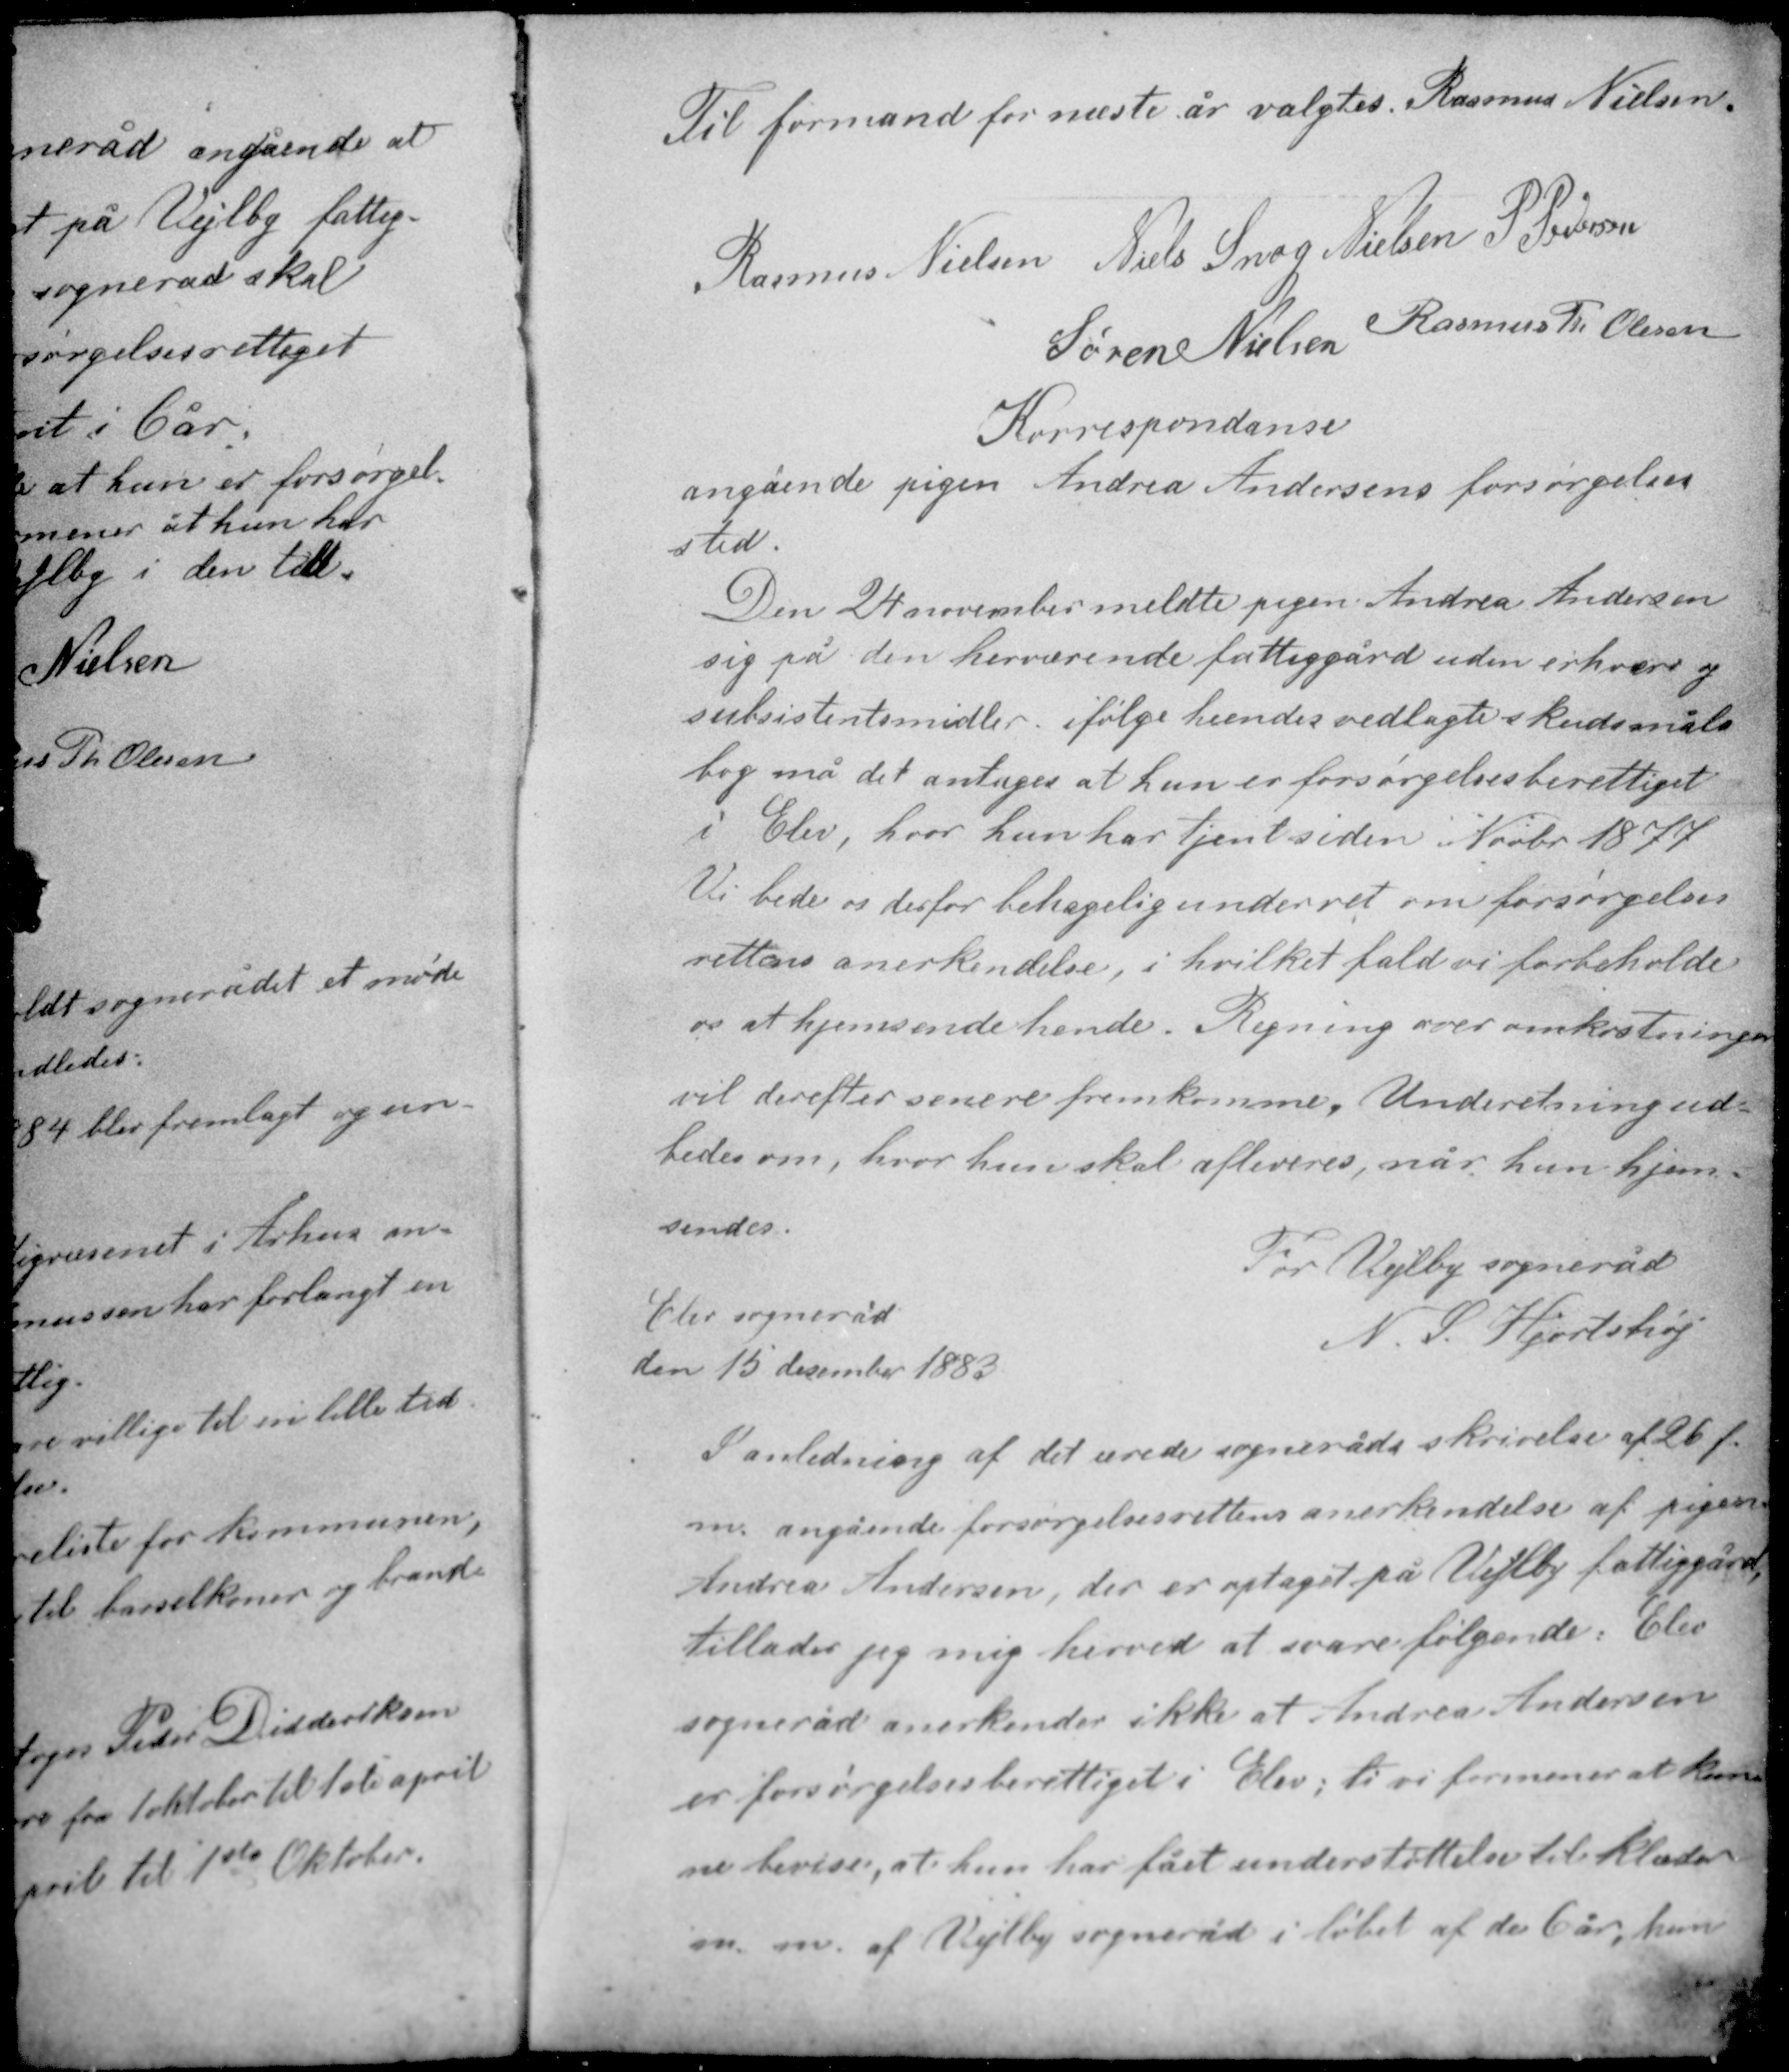
Transskription:
Til formand for næste år valgtes Rasmus Nielsen

Rasmus Nielsen Niels Snog Nielsen P. Pedersen
Rasmus Th Olesen
Søren Nielsen

Korrespondanse
angående pigen Andrea Andersens forsørgelses-
sted.

Den 24 november meldte pigen Andrea Andersen
sig på den herværende fattiggård uden erhverv og
subsistensmidler, ifølge hendes vedlagte skudsmåls-
bog må det antages at hun er forsørgelsesberettiget
i Elev, hvor hun har tjent siden Novbr. 1877.

Vi beder os derfor behagelig underret om forsørgelses
rettens anerkendelse, i hvilket fald vi forbeholder
os at hjemsende hende. Regning over omkostninger
vil derefter senere fremkomme. Underretning ud-
bedes om, hvor hun skal afleveres, når hun hjem-
sendes.

For Vejlby sogneråd
N. S. Hjortshøj

Elev sogneråd
den 15 december 1883

I anledning af det ærede sogneråds skrivelse af 26 f.
m. angående forsørgelsesrettens anerkendelse af pigen
Andrea Andersen, der er optaget på Vejlby fattiggård,
tillader jeg mig herved at svare følgende. Elev
sogneråd anerkender ikke at Andrea Andersen
er forsørgelsesberettiget i Elev, ti vi formener at kun-
ne bevise, at hun har fået understøttelse til klæder
m. m. af Vejlby sogneråd i løbet af de 6 år, hun